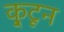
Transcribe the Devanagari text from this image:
कु्टून